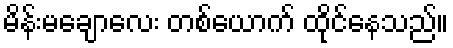
မိန်းမချောလေး တစ်ယောက် ထိုင်နေသည်။